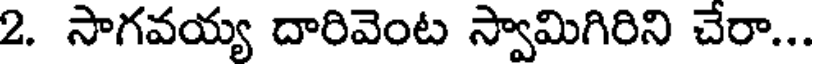
2. సాగవయ్య దారివెంట స్వామిగిరిని చేరా...